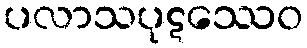
ပလာသပုဋဿေဝ